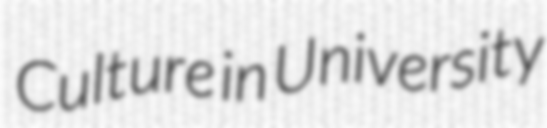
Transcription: Culture in University